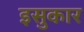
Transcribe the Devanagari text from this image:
इसुकार